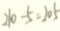
2 1 0 - 5 = 2 0 5